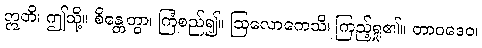
ဣတိ၊ ဤသို့။ စိန္တေတွာ၊ ကြံစည်၍။ ဩလောကေသိ၊ ကြည့်ရှု၏။ တာဝဒေဝ၊